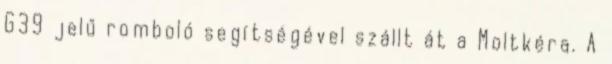
G39 jelű romboló segítségével szállt át a Moltkéra. A